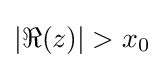
|\Re (z)|>x_{0}